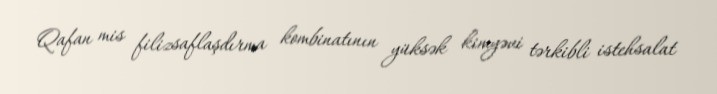
Qafan mis filizsaflaşdırma kombinatının yüksək kimyəvi tərkibli istehsalat